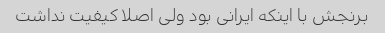
برنجش با اینکه ایرانی بود ولی اصلا کیفیت نداشت